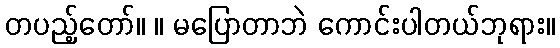
တပည့်တော်။ ။ မပြောတာဘဲ ကောင်းပါတယ်ဘုရား။